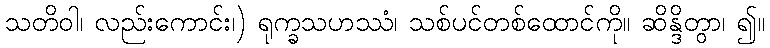
သတိဝါ၊ လည်းကောင်း၊) ရုက္ခသဟဿံ၊ သစ်ပင်တစ်ထောင်ကို။ ဆိန္ဒိတွာ၊ ၍။